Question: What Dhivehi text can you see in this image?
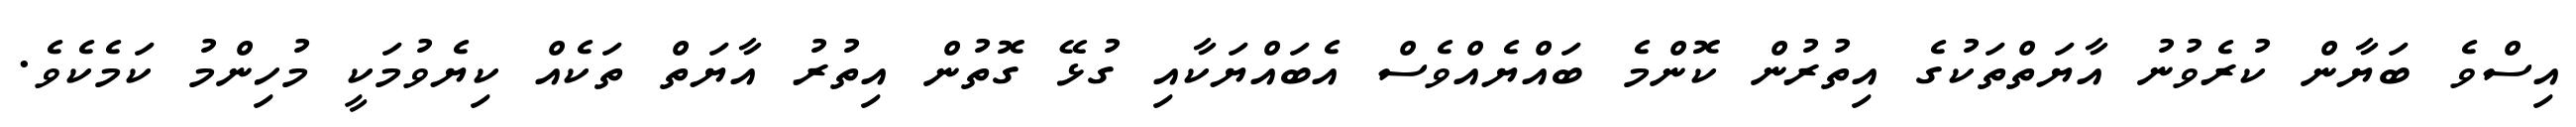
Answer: އިސްވެ ބަޔާން ކުރެވުނު އާޔަތްތަކުގެ އިތުރުން ކޮންމެ ބައްޔެއްވެސް އެބައްޔަކާއި ގުޅޭ ގޮތުން އިތުރު އާޔަތް ތަކެއް ކިޔެވުމަކީ މުހިންމު ކަމެކެވެ.